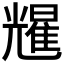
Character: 𫤥